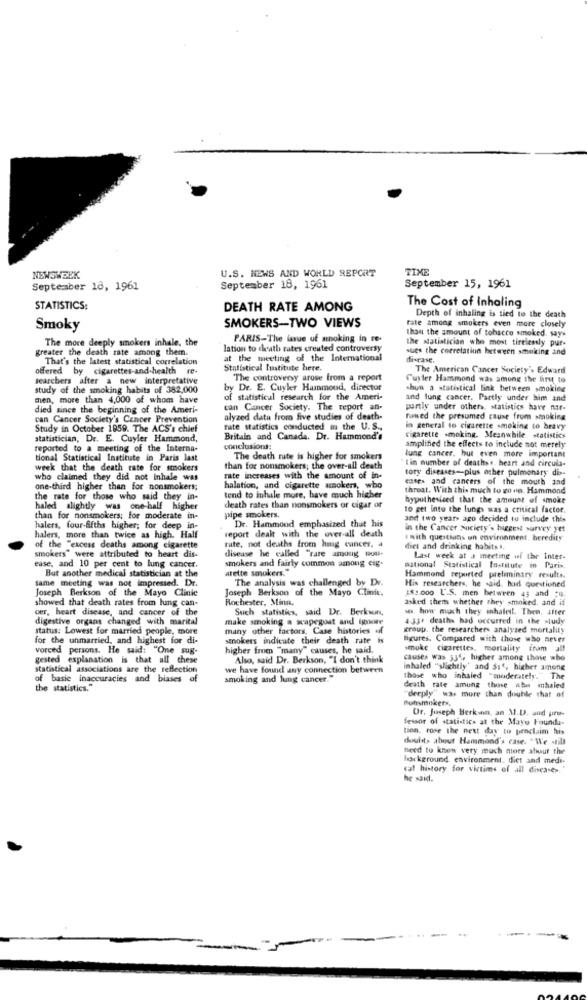
U.S. NEWS AND WORLD REPORT
TIME
NEWSWEEK
September 18, 1961
September 18, 1961
September 15, 1961
STATISTICS:
DEATH RATE AMONG
The Cost of Inhaling
Fate among smokers even more closely
Depth of inhaling is tied to the death
Smoky
SMOKERS-TWO VIEWS
than the amount of tobacco smoked, says
The more deeply smokers inhale, the
PARIS-The issue uf anoking in re-
the statistician whe most tirelessly pur-
greater the death rate among them.
lation to cheath rates created controversy
sues the correlation between smoking and
That's the latest statistical correlation
at the meeting of the International
di-case.
offered by cigarettes-and-health re-
Statistical Institute here.
The American Cancer Society's Edward
searchers after a new interpretative
The controversy arose from a report
Cuyler Hammond was among the first to
study of the smoking habits of 382,000
by De. E. Cuyler Hammond, director
shun a statistical link between smoking
men, more than 4,000 of whom have
of statistical research for the Ameri-
and lung cancer, Partly under him and
died since the beginning of the Ameri-
can Cancer Society. The report an-
partly under others, statistics have nar-
can Cancer Society's Cancer Prevention
alyzed data from five studies of death-
funed the presumed cause from smoking
Study in October 1959. The ACS's chief
nite statistics conducted is the U.S .,
in general to cigarette smoking to heavy
statistician, Dr. E. Cuyler Hammond,
Britain and Canada. Dr. Hammond's
cigarette smoking. Meanwhile statistics
reported to a meeting of the Interna-
conclusions:
amplified the effects to include not merely
tional Statistical Institute in Paris last
The death rute is higher for smokers
I in number of deathss, heart and circula-
lung cancer. but even more important
week that the death rate for smokers
than for nonsmokers; the over-all death
tory diseases-plus other pulmonary dis-
who claimed they did not inhale was
rate increases with the amount of in-
cases and cancers of the mouth and
one-third higher than for nonsmokers;
halation, and cigarette smokers, who
throat. With this much to go on. Hammond
the rate for those who said they in-
tend to inhale more, have much higher
hypothesized that the amount of smoke
haled slightly was one-half higher
death rates than nonsmokers or cigar or
to get into the lungs was a critical factor.
than for nonsmokers; for moderate in-
pipe smokers.
and two years ago decided to include this
halers, four-Gfths higher; for deep in-
Dr. Hammond emphasized that his
in the Cancer society's biggest survey yet
halers, more than twice as high. Half
report dealt with the over-all death
smith questions un environment, heredity
of the "excess deaths among cigarette
rute, not deaths from haag cancer, a
disease he called "rare among tou-
diet and drinking habits a,
smokers" were attributed to heart dis-
smokers and fairly common among cig-
Last week at a meeting of the Inter-
ease, and 10 per cent to lung cancer,
But another medical statistician at the
arette smokers."
national Statistical Institute in Paris
same meeting was not impressed. Dr.
The analysis was challenged by Dr.
Hammond reported preliminary results.
Joseph Berkson of the Mayo Clinic
Joseph Berkson of the Mayo Clinic.
His researchers, he said, had questioned
showed that death rates from lung can-
Rochester, Minn.
18 :. 000 U.S. men between 4; and "w.
asked them whether they smoked, and if
ver, heart disease, and cancer of the
Such statistics, said Dr. Berksun,
ses. how much they inhaledf. Then, after
digestive organs changed with marital
make smoking a scapegoat and ignore
4.334 deaths had occurred in the study
status: Lowest for married people, more
many other factors, Case histories of
group. the researchers analyzed mortality
for the unmarried, and highest for di-
smokers indicate their death rate
figures. Compared with those who never
vorced persons. He said: "One sug-
higher from "many" causes, he said.
smoke cigarettes, mortality cram all
gested explanation is that all these
Also, said Dr. Berkson, "I don't think
causes was 536, higher among those who
statistical associations are the reflection
we have found any connection between
inhaled "slightly" and Sie, higher among
of basic inaccuracies and biases of
smoking and lung cancer."
those who inhaled "aioderately."The
the statistics."
death rate amung those wbu inhaled
"deeply" was more than double that of
Buhsmokers.
Dr. Joseph Berkann, an M.D. and pre-
fessor of statistics at the Mayo Founda-
tion, rose the next day to proclaim huis
doulet, about Hammond's case. "We still
need to know very much more about the
horkground environment. diet and medi-
cal history for victims of all diseases."
he said.
-
--